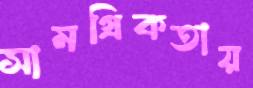
সামগ্রিকতায়